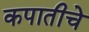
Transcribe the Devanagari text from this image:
कपातीचे